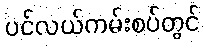
ပင်လယ်ကမ်းစပ်တွင်